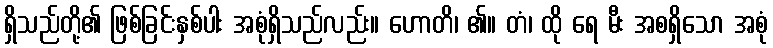
ရှိသည်တို့၏ ဖြစ်ခြင်းနှစ်ပါး အစုံရှိသည်လည်း။ ဟောတိ၊ ၏။ တံ၊ ထို ရေ မီး အစရှိသော အစုံ